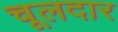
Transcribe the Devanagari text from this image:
चूलदार